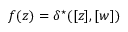
{ f ( z ) = \delta ^ { \star } ( [ z ] , [ w ] ) }